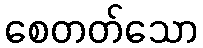
စေတတ်သော